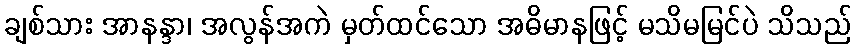
ချစ်သား အာနန္ဒာ၊ အလွန်အကဲ မှတ်ထင်သော အဓိမာနဖြင့် မသိမမြင်ပဲ သိသည်